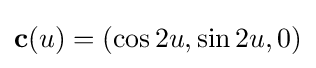
\mathbf {c} (u)=(\cos 2u,\sin 2u,0)